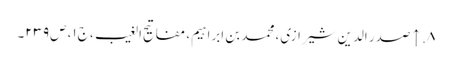
۸. ↑ صدر الدین شیرازی، محمد بن ابراہیم‌، مفاتیح الغیب، ج‌۱، ص‌۲۳۹۔